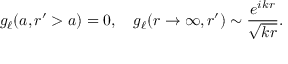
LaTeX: g _ { \ell } ( a , r ^ { \prime } > a ) = 0 , \quad g _ { \ell } ( r \rightarrow \infty , r ^ { \prime } ) \sim \frac { e ^ { i k r } } { \sqrt { k r } } .